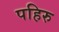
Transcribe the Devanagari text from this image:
पहिरु